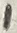
Text: 1